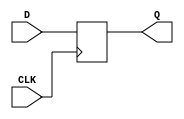
module FlipFLopD(D, CLK, Q);

  input D, CLK;
  output Q;

  reg Q;

  always @(posedge CLK)
    Q <= D;

endmodule